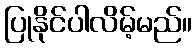
ပြုနိုင်ပါလိမ့်မည်။